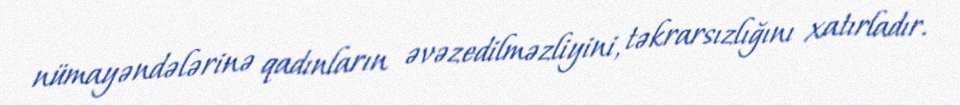
nümayəndələrinə qadınların əvəzedilməzliyini, təkrarsızlığını xatırladır.